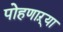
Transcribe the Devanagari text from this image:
पोहणाऱ्या